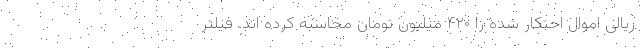
ریالی اموال احتکار شده را ۴۲۰ میلیون تومان محاسبه کرده اند. فیلتر